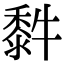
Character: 䵓